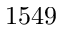
1 5 4 9